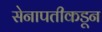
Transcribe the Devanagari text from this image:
सेनापतीकडून